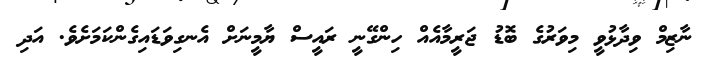
ނާޒިމް ވިދާޅުވީ މިވަރުގެ ބޮޑު ޖަރީމާއެއް ހިންގޭނީ ރައީސް ޔާމީނަށް އެނގިވަޑައިގެންކަމަށެވެ. އަދި